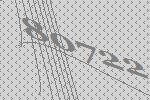
80722